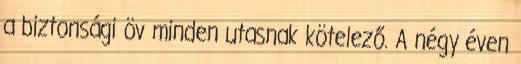
a biztonsági öv minden utasnak kötelező. A négy éven